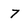
Character: 7